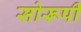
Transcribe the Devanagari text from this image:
सोरूपी